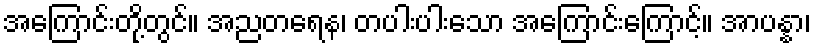
အကြောင်းတို့တွင်။ အညတရေန၊ တပါးပါးသော အကြောင်းကြောင့်။ အာပန္နာ၊